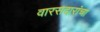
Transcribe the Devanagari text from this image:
वारसदारांचा